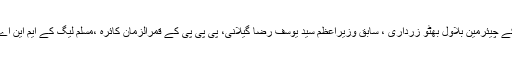
اس موقع پرپاکستان پیپلزپارٹی کے چیئرمین بلاول بھٹو زرداری ، سابق وزیراعظم سید یوسف رضا گیلانی، پی پی پی کے قمرالزمان کائرہ ،مسلم لیگ کے ایم این اے راناافضل خان بھی موجودتھے۔